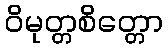
ဝိမုတ္တစိတ္တော